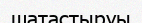
шатастыруы